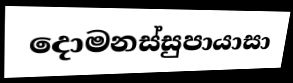
දොමනස්සුපායාසා